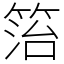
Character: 箈